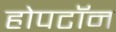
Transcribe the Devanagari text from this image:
होपटॉन